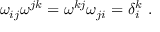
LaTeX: \omega _ { i j } \omega ^ { j k } = \omega ^ { k j } \omega _ { j i } = \delta _ { i } ^ { k } \ .